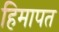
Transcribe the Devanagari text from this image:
हिमापत